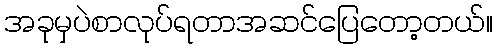
အခုမှပဲစာလုပ်ရတာအဆင်ပြေတော့တယ်။